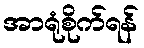
အာရုံစိုက်ရန်